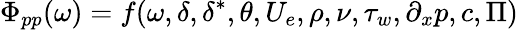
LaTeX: \Phi_{pp}(\omega)=f(\omega,\delta,\delta^{*},\theta,U_{e},\rho,\nu,\tau_{w},\partial_{x}p,c,\Pi)